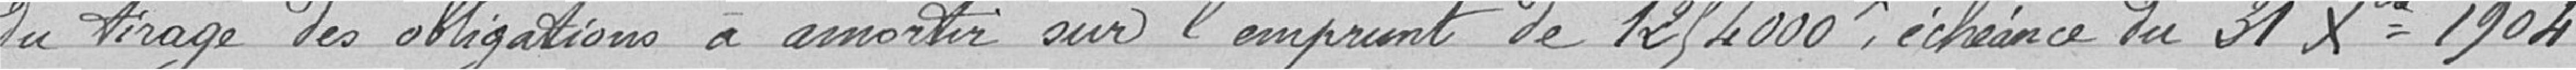
du tirage des obligations à amortir sur l'emprunt de 1 254 000 francs, échéance du 31 Octobre 1904